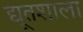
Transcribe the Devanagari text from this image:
द्यूतशाला